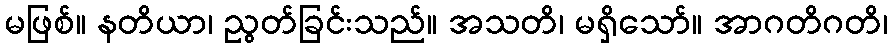
မဖြစ်။ နတိယာ၊ ညွတ်ခြင်းသည်။ အသတိ၊ မရှိသော်။ အာဂတိဂတိ၊